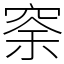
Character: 𥥸